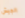
الجيش